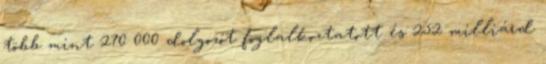
több mint 270 000 dolgozót foglalkoztatott és 252 milliárd